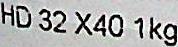
HD 32 X40 1KG